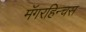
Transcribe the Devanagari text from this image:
मॅगरहिन्चस